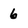
Character: 6